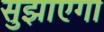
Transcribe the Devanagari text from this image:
सुझाएगा